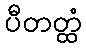
ပီတတ္ထံ